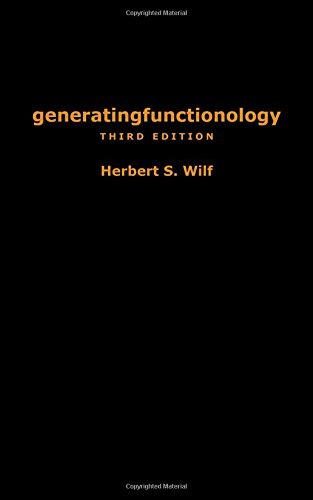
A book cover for generatingfunctionology: Third Edition; Herbert S. Wilf; Computers & Technology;